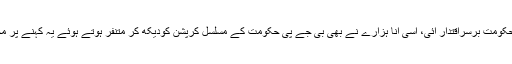
یہ سلسلہ یہیں نہیں ختم ہوتا ہے، بلکہ جس انّا ہزارے کے سہارے بی جے پی کی حکومت برسراقتدار آئی، اسی انّا ہزارے نے بھی بی جے پی حکومت کے مسلسل کرپشن کودیکھ کر متنفر ہوتے ہوئے یہ کہنے پر مجبور ہوئے کہ بدعنوانیوں میں کانگریس نے گریجوئیشن کیا تھا، اب بھاجپا پی ایچ۔